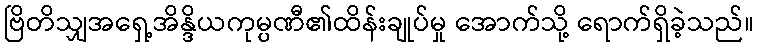
ဗြိတိသျှအရှေ့အိန္ဒိယကုမ္ပဏီ၏ထိန်းချုပ်မှု အောက်သို့ ရောက်ရှိခဲ့သည်။